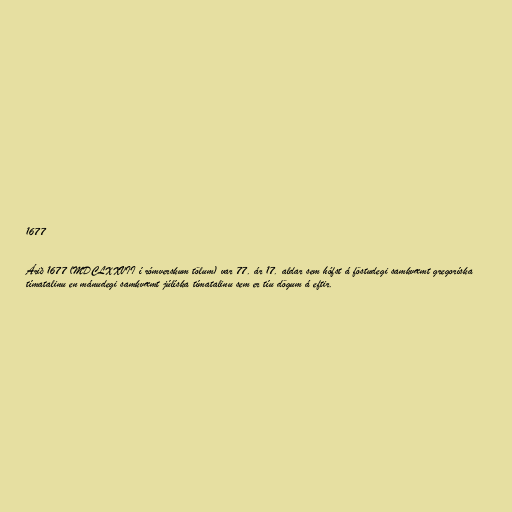
1677

Árið 1677 (MDCLXXVII í rómverskum tölum) var 77. ár 17. aldar sem hófst á föstudegi samkvæmt gregoríska
tímatalinu en mánudegi samkvæmt júlíska tímatalinu sem er tíu dögum á eftir.